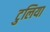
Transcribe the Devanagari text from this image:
टुलिया